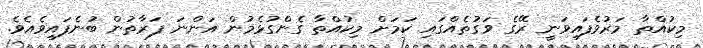
މިކުއްތާ މަރުވެފައިވަނީ ރޭގެ ވަގުތެއްގައި ކަމަށް މިކުއްތާ ގެންގުޅެމުން އަންނަ ފަރާތުން ބުނެފައިވެއެވެ.